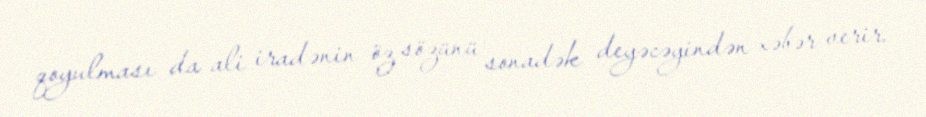
qoyulması da ali iradənin öz sözünü sonadək deyəcəyindən xəbər verir.